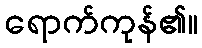
ရောက်ကုန်၏။